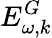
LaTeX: E_{\omega,k}^{G}